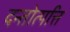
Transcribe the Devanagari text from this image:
दन्तोत्पत्ति